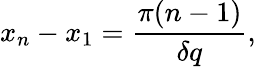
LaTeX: x_{n}-x_{1}=\frac{\pi(n-1)}{\delta q},